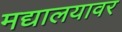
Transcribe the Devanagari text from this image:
मद्यालयावर